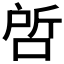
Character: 𭈝